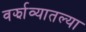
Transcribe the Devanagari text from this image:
वर्झाव्यातल्या